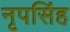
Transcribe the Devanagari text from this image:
नृपसिंह